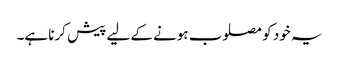
یہ خود کو مصلوب ہونے کے لیے پیش کرنا ہے۔